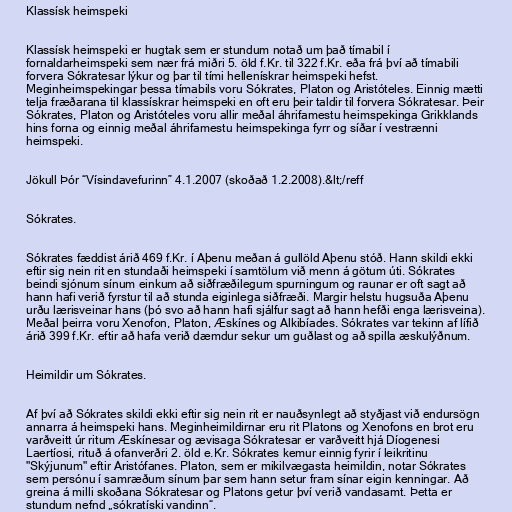
Klassísk heimspeki

Klassísk heimspeki er hugtak sem er stundum notað um það tímabil í
fornaldarheimspeki sem nær frá miðri 5. öld f.Kr. til 322 f.Kr. eða frá því að tímabili
forvera Sókratesar lýkur og þar til tími hellenískrar heimspeki hefst.
Meginheimspekingar þessa tímabils voru Sókrates, Platon og Aristóteles. Einnig mætti
telja fræðarana til klassískrar heimspeki en oft eru þeir taldir til forvera Sókratesar. Þeir
Sókrates, Platon og Aristóteles voru allir meðal áhrifamestu heimspekinga Grikklands
hins forna og einnig meðal áhrifamestu heimspekinga fyrr og síðar í vestrænni
heimspeki.

Jökull Þór “Vísindavefurinn” 4.1.2007 (skoðað 1.2.2008).&lt;/reff

Sókrates.

Sókrates fæddist árið 469 f.Kr. í Aþenu meðan á gullöld Aþenu stóð. Hann skildi ekki
eftir sig nein rit en stundaði heimspeki í samtölum við menn á götum úti. Sókrates
beindi sjónum sínum einkum að siðfræðilegum spurningum og raunar er oft sagt að
hann hafi verið fyrstur til að stunda eiginlega siðfræði. Margir helstu hugsuða Aþenu
urðu lærisveinar hans (þó svo að hann hafi sjálfur sagt að hann hefði enga lærisveina).
Meðal þeirra voru Xenofon, Platon, Æskínes og Alkibíades. Sókrates var tekinn af lífið
árið 399 f.Kr. eftir að hafa verið dæmdur sekur um guðlast og að spilla æskulýðnum.

Heimildir um Sókrates.

Af því að Sókrates skildi ekki eftir sig nein rit er nauðsynlegt að styðjast við endursögn
annarra á heimspeki hans. Meginheimildirnar eru rit Platons og Xenofons en brot eru
varðveitt úr ritum Æskínesar og ævisaga Sókratesar er varðveitt hjá Díogenesi
Laertíosi, rituð á ofanverðri 2. öld e.Kr. Sókrates kemur einnig fyrir í leikritinu
"Skýjunum" eftir Aristófanes. Platon, sem er mikilvægasta heimildin, notar Sókrates
sem persónu í samræðum sínum þar sem hann setur fram sínar eigin kenningar. Að
greina á milli skoðana Sókratesar og Platons getur því verið vandasamt. Þetta er
stundum nefnd „sókratíski vandinn“.